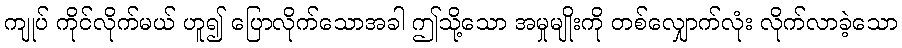
ကျုပ် ကိုင်လိုက်မယ် ဟူ၍ ပြောလိုက်သောအခါ ဤသို့သော အမှုမျိုးကို တစ်လျှောက်လုံး လိုက်လာခဲ့သော